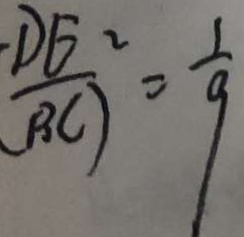
\frac { D E ^ { 2 } } { B C ) } = \frac { 1 } { 9 }